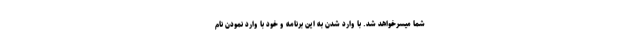
شما میسرخواهد شد. با وارد شدن به این برنامه و خود با وارد نمودن نام